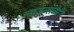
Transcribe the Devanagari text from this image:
लाउन्सबेरी